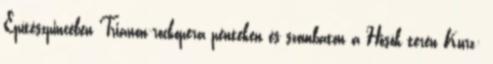
Építészpincében Trianon-rockopera pénteken és szombaton a Hősök terén Kurz: